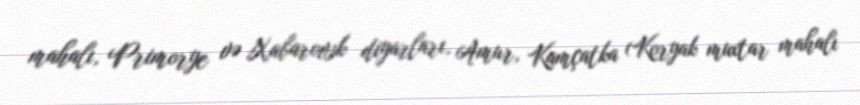
mahalı, Primorye və Xabarovsk diyarları, Amur, Kamçatka (Koryak muxtar mahalı